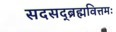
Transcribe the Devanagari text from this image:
सदसद्ब्रह्मवित्तमः